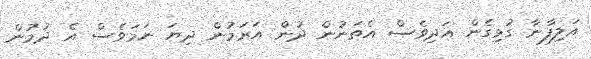
އަލިފާނާ ގުޅިގެން އަދިވެސް އެތަނުން ދުން އަރަމުން ދިޔަ ނަަމަވެސް އެ ދުމުން